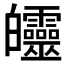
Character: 𤿅